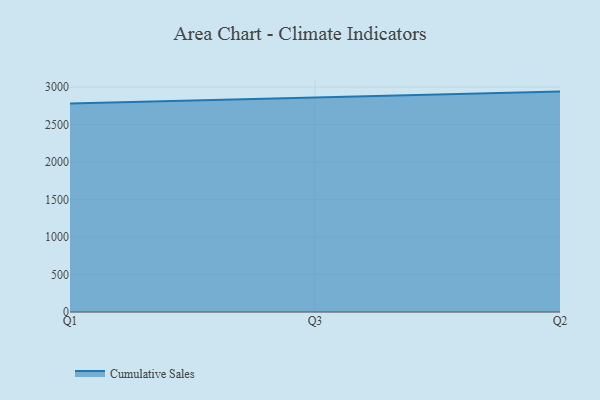
{"axis": {"x": "Quarter", "y": "Churn Rate (%)"}, "legend": ["Cumulative Sales"], "data": [{"x": "Q1", "y": 2781.6, "type": "Cumulative Sales"}, {"x": "Q3", "y": 2859.0, "type": "Cumulative Sales"}, {"x": "Q2", "y": 2938.8, "type": "Cumulative Sales"}]}